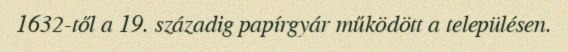
1632-től a 19. századig papírgyár működött a településen.